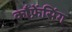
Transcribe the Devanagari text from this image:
काँफ्रेंसिंग